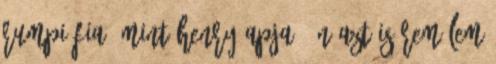
Rumpi fia, mint Henry apja, én azt is remélem